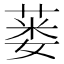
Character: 蒌